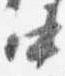
中